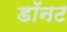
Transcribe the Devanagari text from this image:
डॉनट